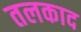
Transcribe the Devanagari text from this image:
तलकाद